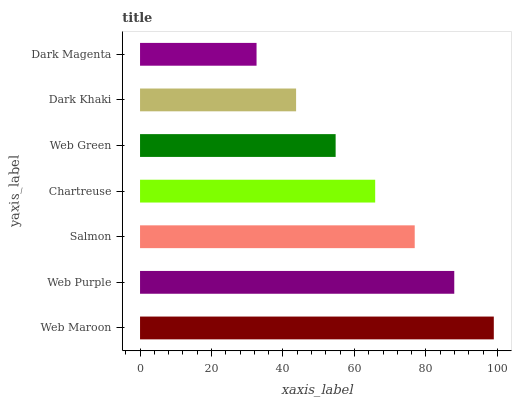
| yaxis_label | bars |
 | --- | --- |
 | Web Maroon | 99 |
 | Web Purple | 87.9 |
 | Salmon | 76.9 |
 | Chartreuse | 65.8 |
 | Web Green | 54.7 |
 | Dark Khaki | 43.7 |
 | Dark Magenta | 32.6 |